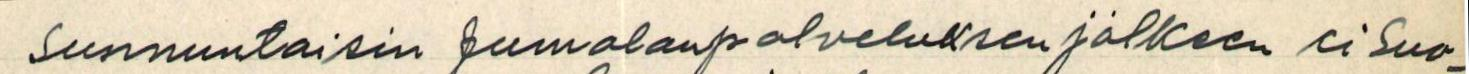
sunnuntaisin jumalanpalveluksen jälkeen ei Suo-